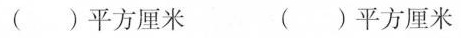
（）平方厘米 （）平方厘米